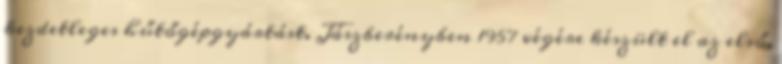
kezdetleges hűtőgépgyártást. Jászberényben 1957 végére készült el az első,